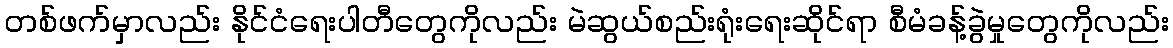
တစ်ဖက်မှာလည်း နိုင်ငံရေးပါတီတွေကိုလည်း မဲဆွယ်စည်းရုံးရေးဆိုင်ရာ စီမံခန့်ခွဲမှုတွေကိုလည်း